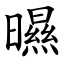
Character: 㬤